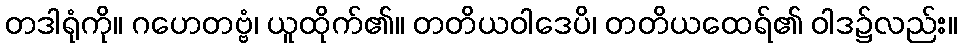
တဒါရုံကို။ ဂဟေတဗ္ဗံ၊ ယူထိုက်၏။ တတိယဝါဒေပိ၊ တတိယထေရ်၏ ဝါဒ၌လည်း။